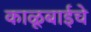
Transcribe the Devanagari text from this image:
काळूबाईचे